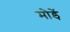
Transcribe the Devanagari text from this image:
मोडे़ं